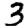
Digit: 3